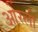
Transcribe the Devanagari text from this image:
ओरली